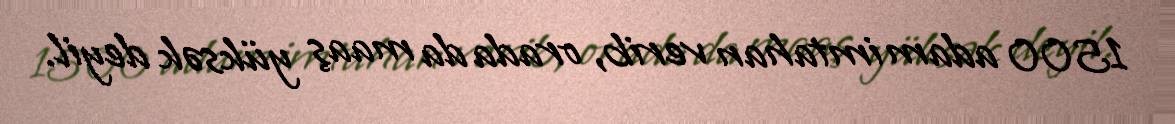
1500 adam imtahan verib, orada da maaş yüksək deyil.